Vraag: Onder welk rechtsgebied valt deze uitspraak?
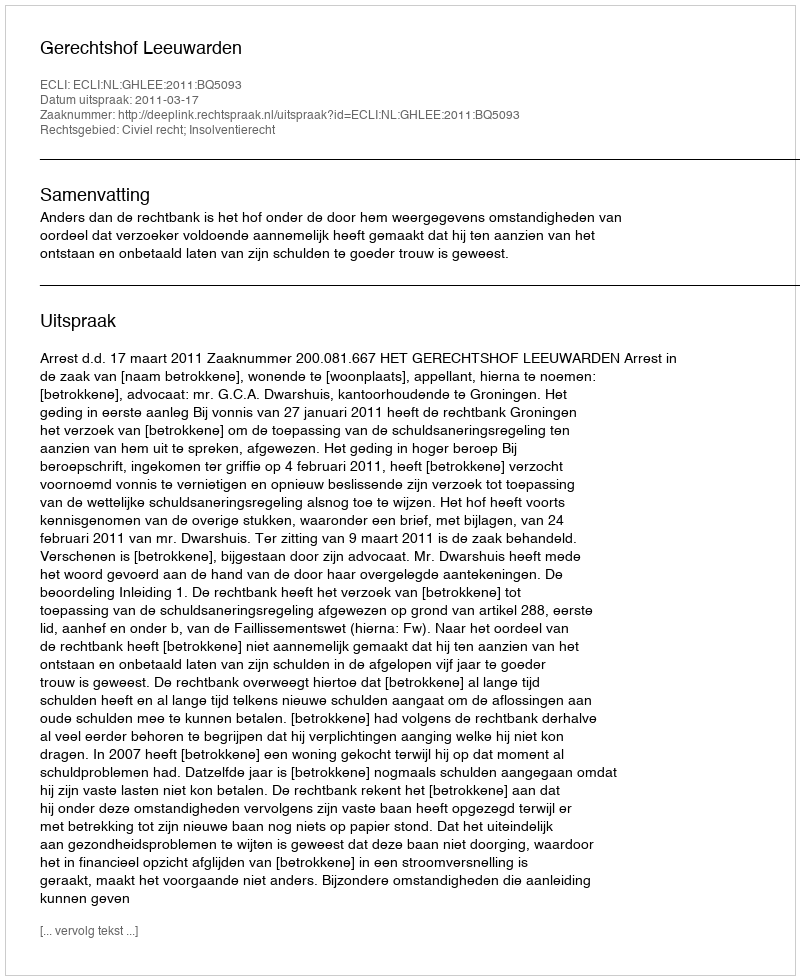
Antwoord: Civiel recht; Insolventierecht